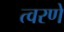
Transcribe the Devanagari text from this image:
त्वरणे